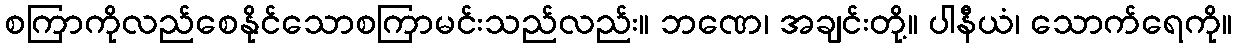
စကြာကိုလည်စေနိုင်သောစကြာမင်းသည်လည်း။ ဘဏေ၊ အချင်းတို့။ ပါနီယံ၊ သောက်ရေကို။